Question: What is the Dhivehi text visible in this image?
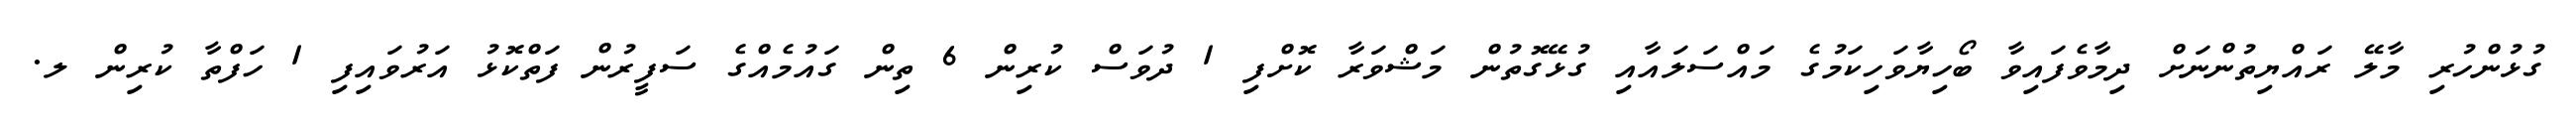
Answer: ގުޅުންހުރި މާލޭ ރައްޔިތުންނަށް ދިމާވެފައިވާ ބޯހިޔާވަހިކަމުގެ މައްސަލައާއި ގުޅޭގޮތުން މަޝްވަރާ ކޮށްފި 1 ދުވަސް ކުރިން 6 ތިން ގައުމެއްގެ ސަފީރުން ފަތްކޮޅު އަރުވައިފި 1 ހަފްތާ ކުރިން ލ.